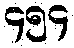
၄၅၄